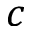
c